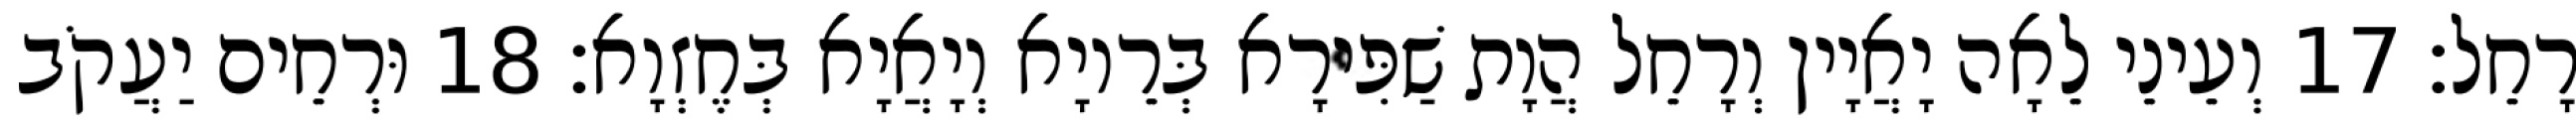
רָחֵל׃ 17 וְעֵינֵי לֵאָה יָאֲיָין וְרָחֵל הֲוָת שַׁפִּירָא בְּרֵיוָא וְיָאֲיָא בְּחֶזְוָא׃ 18 וּרְחֵים יַעֲקֹב